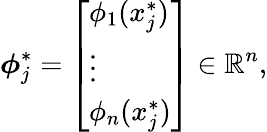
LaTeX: \boldsymbol{\phi}_{j}^{*}=\left[\begin{array}{l}{\phi_{1}(x_{j}^{*})}\\ {\vdots}\\ {\phi_{n}(x_{j}^{*})}\end{array}\right]\in\mathbb{R}^{n},